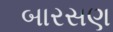
બારસણ